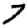
Digit: 7